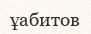
ұабитов